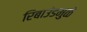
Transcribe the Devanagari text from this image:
रिबाउंडमुळे